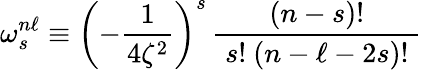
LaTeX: \omega_{s}^{n\ell}\equiv\left(-{\frac{1}{4\zeta^{2}}}\right)^{s}\, {\frac{(n-s)!}{~s!~(n-\ell-2s)!~}}